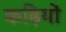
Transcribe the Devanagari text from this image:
कढ़ियों